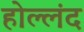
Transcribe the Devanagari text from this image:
होल्लंद